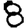
Digit: 8